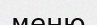
меню